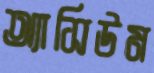
অ্যাসিউম